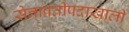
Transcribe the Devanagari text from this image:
सेनापतीपदाखाली